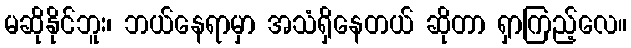
မဆိုနိုင်ဘူး၊ ဘယ်နေရာမှာ အသံရှိနေတယ် ဆိုတာ ရှာကြည့်လေ။